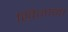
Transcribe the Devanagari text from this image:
खिजाना